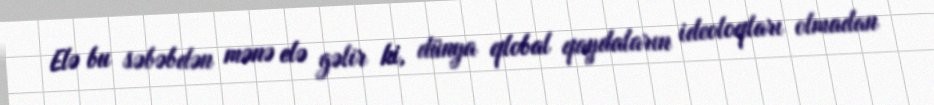
Elə bu səbəbdən mənə elə gəlir ki, dünya qlobal qaydaların ideoloqları olmadan